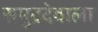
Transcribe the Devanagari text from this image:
समुद्रदेवाला